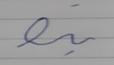
Signature authenticity: forged